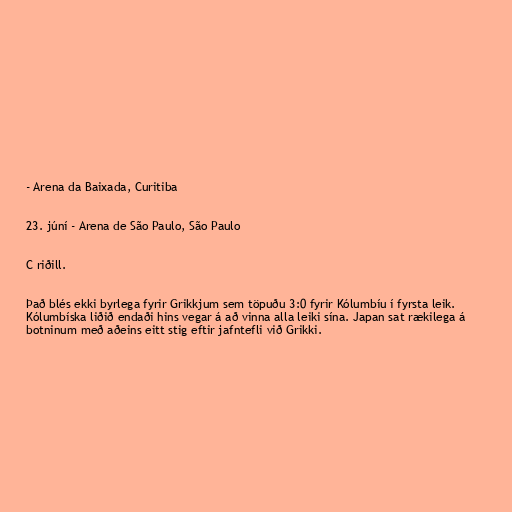
- Arena da Baixada, Curitiba

23. júní - Arena de São Paulo, São Paulo

C riðill.

Það blés ekki byrlega fyrir Grikkjum sem töpuðu 3:0 fyrir Kólumbíu í fyrsta leik.
Kólumbíska liðið endaði hins vegar á að vinna alla leiki sína. Japan sat rækilega á
botninum með aðeins eitt stig eftir jafntefli við Grikki.